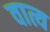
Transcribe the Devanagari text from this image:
वात्य